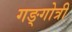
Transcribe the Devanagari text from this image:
गङ्गोत्री